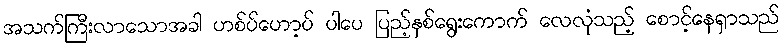
အသက်ကြီးလာသောအခါ ဟစ်ပ်ဟော့ပ် ပါပေ ပြည့်နှစ်ရွေးကောက် လေလုံသည့် စောင့်နေရှာသည်